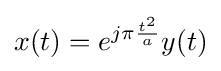
x(t)=e^{j\pi {\frac {t^{2}}{a}}}y(t)